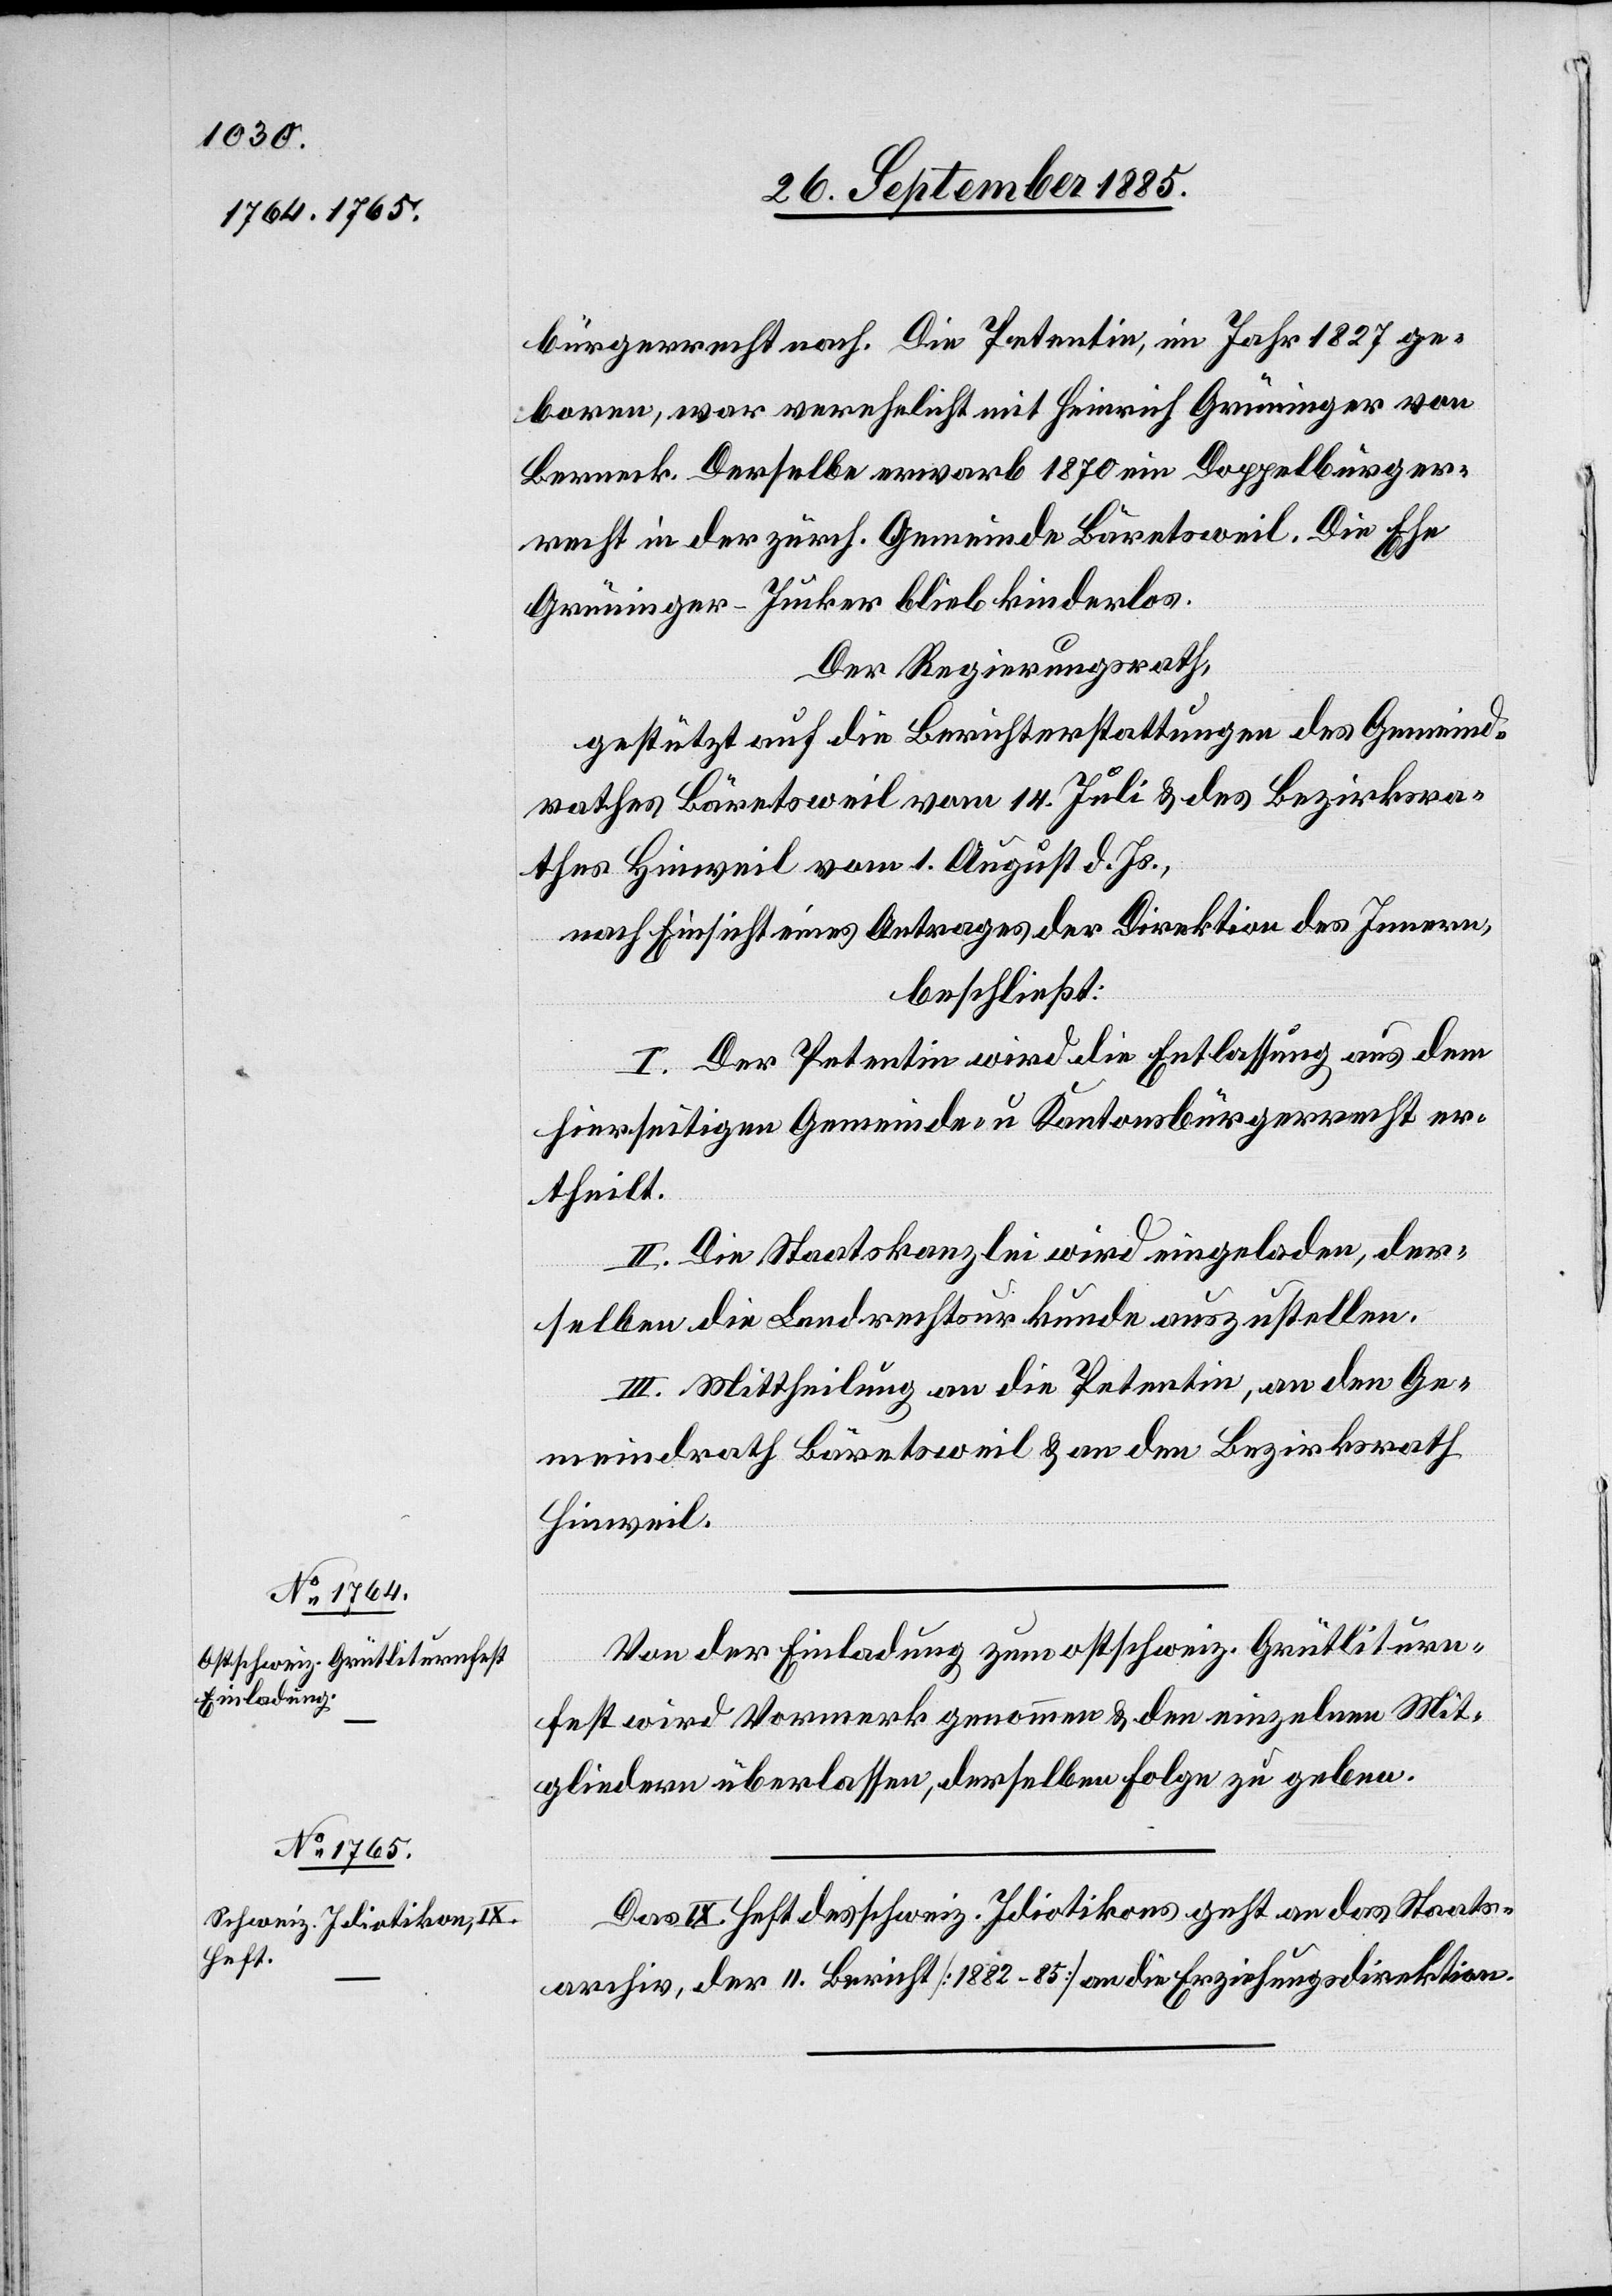
bürgerrecht nach. Die Petentin, im Jahr 1827 ge¬
boren, war verehelicht mit Heinrich Grüninger von
Berneck. Derselbe erwarb 1870 Doppelbürger¬
recht in der zürch. Gemeinde Bäretsweil. Die Ehe
Grüninger-Jucker blieb kinderlos.
Der Regierungsrath,
gestützt auf die Berichterstattungen des Gemeind¬
rathes Bäretsweil vom 14. Juli & des Bezirksra¬
thes Hinweil vom 1. August d. Js.,
nach Einsicht eines Antrages der Direktion des Innern,
beschließt:
I. Der Petentin wird die Entlassung aus dem
hierseitigen Gemeinde- u. Kantonsbürgerrecht er¬
theilt.
II. Die Staatskanzlei wird eingeladen, der¬
selben die Landrechtsurkunde auszustellen.
III. Mittheilung an die Petentin, an den Ge¬
meindrath Bäretsweil & an den Bezirksrath
Hinweil.
Von der Einladung zum ostschweiz. Grütliturn¬
fest wird Vormerk genommen & den einzelnen Mit¬
gliedern überlassen, derselben Folge zu geben.
Das IX. Heft des schweiz. Idiotikon geht an das Staats¬
archiv, der II. Bericht [1882–85] an die Erziehungsdirektion.